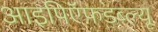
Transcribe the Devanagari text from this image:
आइपिऍफ़डब्ल्यू